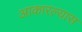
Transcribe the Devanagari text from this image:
आकारल्यास